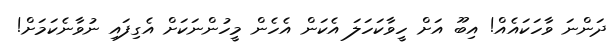
ދަންނަ ވާހަކައެއް! އިބޫ އަށް ހީވާކަހަލަ އެކަން އެހެން މީހުންނަކަށް އެގިފައި ނުވާނެކަމަށް!